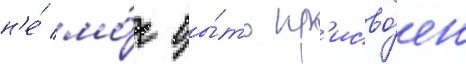
н'е́ мо́г бы́ть пр'исво́ен